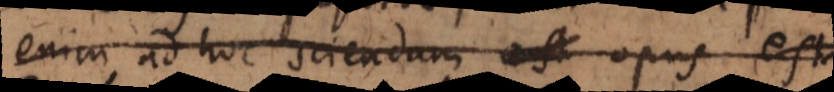
enim ad hoc sciendum est opus est